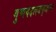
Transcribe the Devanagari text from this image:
गुणवदलङकृतञ्च